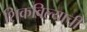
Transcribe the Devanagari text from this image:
शिकविल्याची